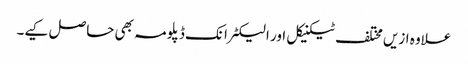
علاوہ ازیں مختلف ٹیکنیکل اور الیکٹرانک ڈپلومہ بھی حاصل کیے۔